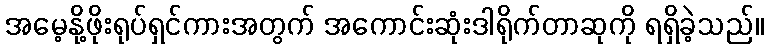
အမေ့နို့ဖိုးရုပ်ရှင်ကားအတွက် အကောင်းဆုံးဒါရိုက်တာဆုကို ရရှိခဲ့သည်။